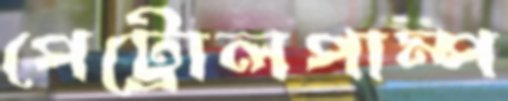
পেট্রোলপাম্প